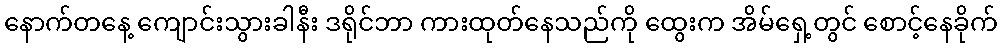
နောက်တနေ့ ကျောင်းသွားခါနီး ဒရိုင်ဘာ ကားထုတ်နေသည်ကို ထွေးက အိမ်ရှေ့တွင် စောင့်နေခိုက်